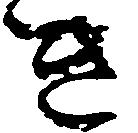
き